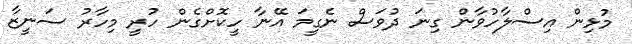
މުޅިން އިސްލާހުވާން ގިނަ ދުވަސް ނެގީމަ އޭނާ ހީކޮށްގެން ހުރީ މިހާރު ސަނީޒާ